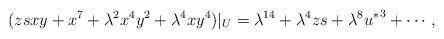
LaTeX: \begin{align*}(z s x y + x^7 + \lambda^2 x^4 y^2 + \lambda^4 x y^4)|_U = \lambda^{14} + \lambda^4 z s + \lambda^8 {u^*}^{3} + \cdots,\end{align*}